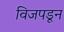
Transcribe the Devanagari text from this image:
विजपडून